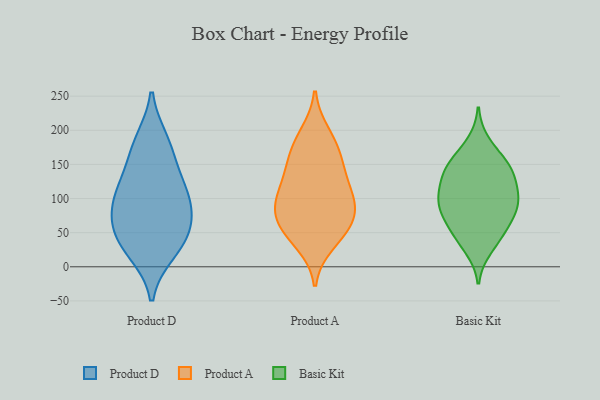
{"axis": {"x": "Revenue (USD Million)", "y": "Value"}, "legend": ["Basic Kit", "Product A", "Product D"], "data": [{"x": "", "y": 63, "type": "Product D"}, {"x": "", "y": 177, "type": "Product D"}, {"x": "", "y": 95, "type": "Product D"}, {"x": "", "y": 45, "type": "Product D"}, {"x": "", "y": 87, "type": "Product D"}, {"x": "", "y": 142, "type": "Product D"}, {"x": "", "y": 108, "type": "Product D"}, {"x": "", "y": 118, "type": "Product D"}, {"x": "", "y": 185, "type": "Product D"}, {"x": "", "y": 27, "type": "Product D"}, {"x": "", "y": 59, "type": "Product D"}, {"x": "", "y": 21, "type": "Product D"}, {"x": "", "y": 100, "type": "Product A"}, {"x": "", "y": 34, "type": "Product A"}, {"x": "", "y": 155, "type": "Product A"}, {"x": "", "y": 195, "type": "Product A"}, {"x": "", "y": 183, "type": "Product A"}, {"x": "", "y": 47, "type": "Product A"}, {"x": "", "y": 161, "type": "Product A"}, {"x": "", "y": 64, "type": "Product A"}, {"x": "", "y": 56, "type": "Product A"}, {"x": "", "y": 77, "type": "Product A"}, {"x": "", "y": 84, "type": "Product A"}, {"x": "", "y": 119, "type": "Product A"}, {"x": "", "y": 139, "type": "Product A"}, {"x": "", "y": 89, "type": "Product A"}, {"x": "", "y": 110, "type": "Product A"}, {"x": "", "y": 94, "type": "Basic Kit"}, {"x": "", "y": 148, "type": "Basic Kit"}, {"x": "", "y": 45, "type": "Basic Kit"}, {"x": "", "y": 93, "type": "Basic Kit"}, {"x": "", "y": 120, "type": "Basic Kit"}, {"x": "", "y": 140, "type": "Basic Kit"}, {"x": "", "y": 27, "type": "Basic Kit"}, {"x": "", "y": 95, "type": "Basic Kit"}, {"x": "", "y": 157, "type": "Basic Kit"}, {"x": "", "y": 137, "type": "Basic Kit"}, {"x": "", "y": 77, "type": "Basic Kit"}, {"x": "", "y": 103, "type": "Basic Kit"}, {"x": "", "y": 145, "type": "Basic Kit"}, {"x": "", "y": 67, "type": "Basic Kit"}, {"x": "", "y": 69, "type": "Basic Kit"}, {"x": "", "y": 109, "type": "Basic Kit"}, {"x": "", "y": 182, "type": "Basic Kit"}, {"x": "", "y": 43, "type": "Basic Kit"}]}